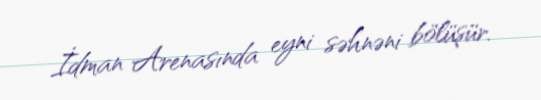
İdman Arenasında eyni səhnəni bölüşür.